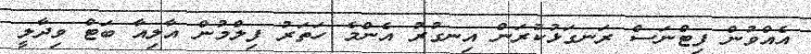
އެއްވުން ފިޓްނަސް ރަނގަޅުކުރަން އިނގުރު އެންމެ ހަތަރު ފިލްމުން އާލިއާ ބަޓް ވިދާލީ